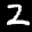
Label: 2